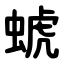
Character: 䗂